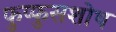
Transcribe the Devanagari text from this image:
फुप्फुसशोथ